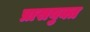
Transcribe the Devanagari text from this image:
प्रासयुक्त